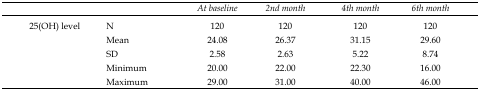
<table><thead><tr><td></td><td></td><td><b><i>At baseline</i></b></td><td><b><i>2nd month</i></b></td><td><b><i>4th month</i></b></td><td><b><i>6th month</i></b></td></tr></thead><tbody><tr><td rowspan="5">25(OH) level</td><td>N</td><td>120</td><td>120</td><td>120</td><td>120</td></tr><tr><td>Mean</td><td>24.08</td><td>26.37</td><td>31.15</td><td>29.60</td></tr><tr><td>SD</td><td>2.58</td><td>2.63</td><td>5.22</td><td>8.74</td></tr><tr><td>Minimum</td><td>20.00</td><td>22.00</td><td>22.30</td><td>16.00</td></tr><tr><td>Maximum</td><td>29.00</td><td>31.00</td><td>40.00</td><td>46.00</td></tr></tbody></table>